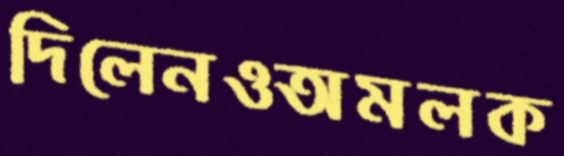
দিলেনওঅমলক